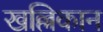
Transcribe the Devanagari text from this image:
खल्लिकान